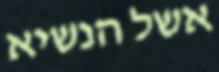
אשל הנשיא